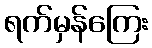
ရက်မှန်ကြေး